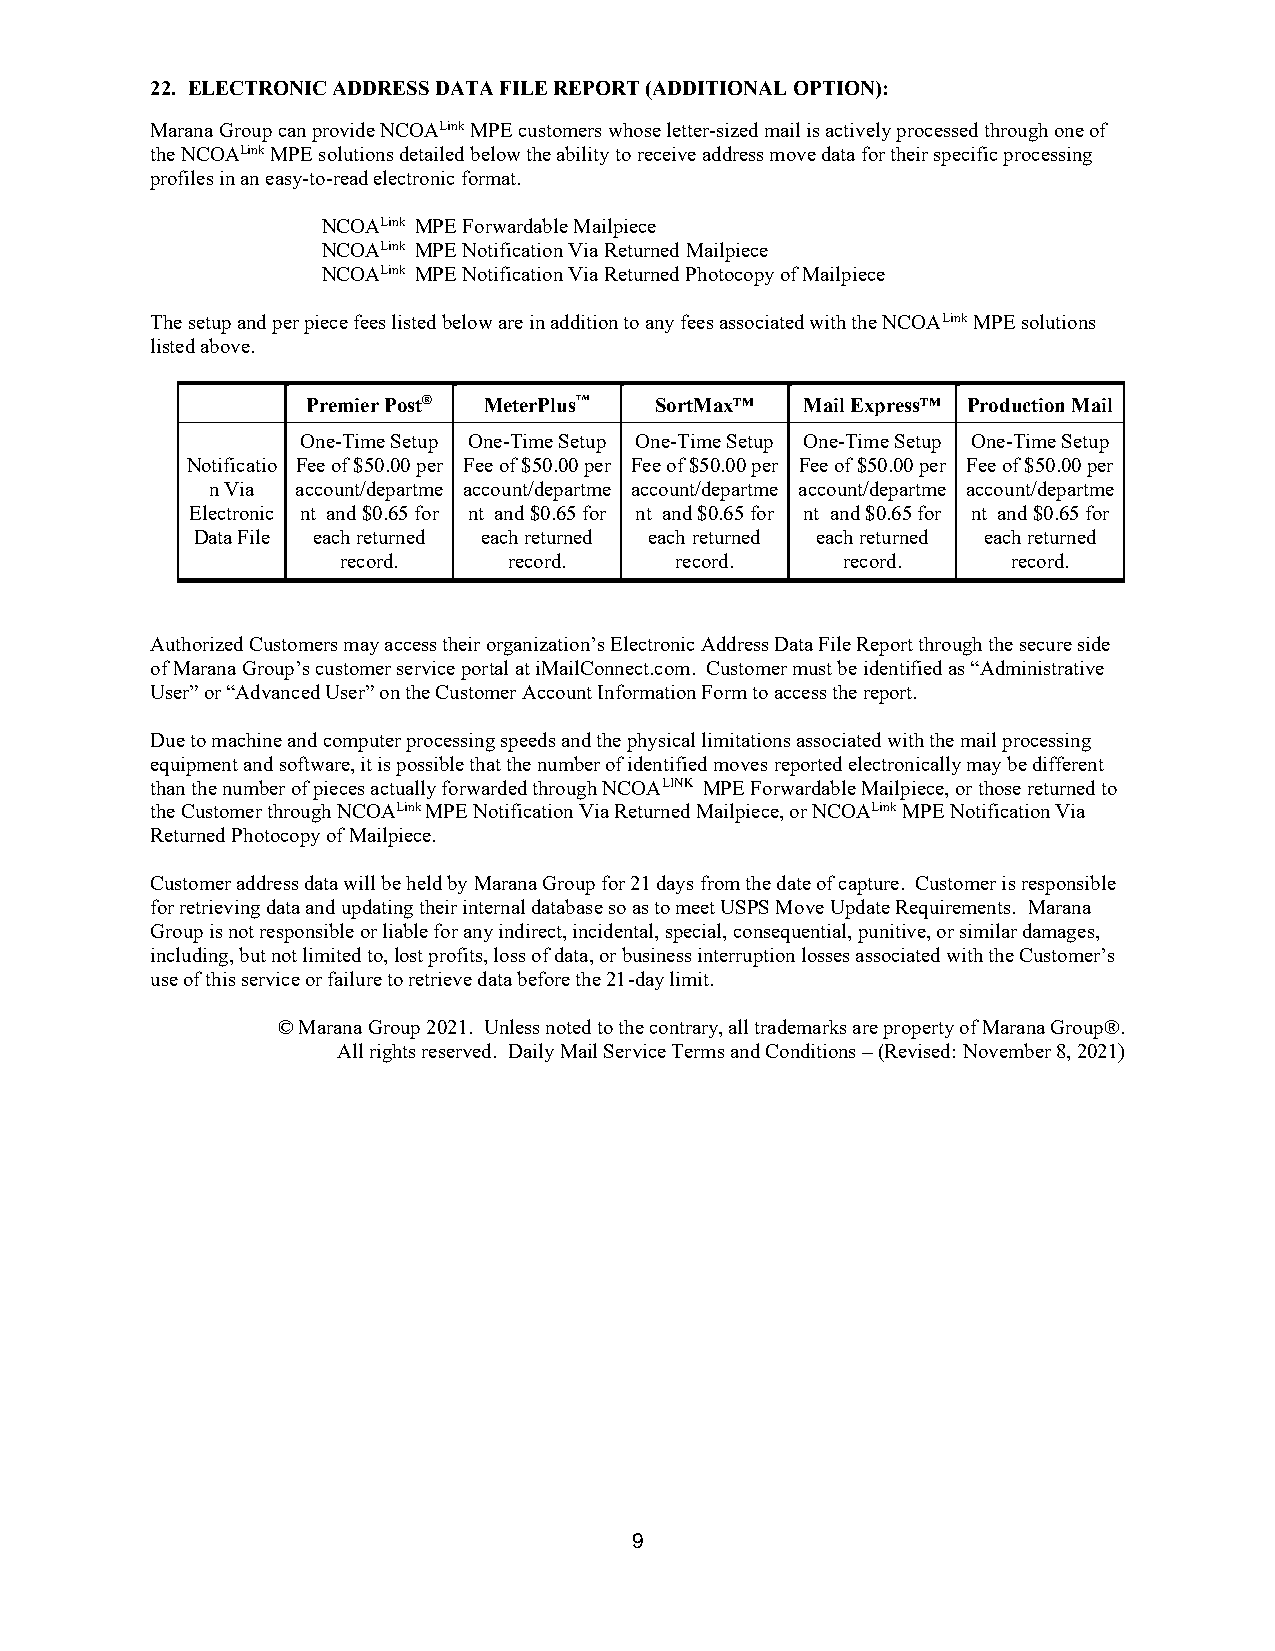
22. ELECTRONIC ADDRESS DATA FILE REPORT (ADDITIONAL OPTION):
 Marana Group can provide NCOALink MPE customers whose letter-sized mail is actively processed through one of
 the NCOALink MPE solutions detailed below the ability to receive address move data for their specific processing
 profiles in an easy-to-read electronic format.
 NCOALink MPE Forwardable Mailpiece
 NCOALink MPE Notification Via Returned Mailpiece
 NCOALink MPE Notification Via Returned Photocopy of Mailpiece
 The setup and per piece fees listed below are in addition to any fees associated with the NCOALink MPE solutions
 listed above.
 Premier Post® MeterPlus™ SortMax™ Mail Express™ Production Mail
 One-Time Setup One-Time Setup One-Time Setup One-Time Setup One-Time Setup
 Notificatio Fee of $50.00 per Fee of $50.00 per Fee of $50.00 per Fee of $50.00 per Fee of $50.00 per
 n Via account/departme account/departme account/departme account/departme account/departme
 Electronic nt and $0.65 for nt and $0.65 for nt and $0.65 for nt and $0.65 for nt and $0.65 for
 Data File each returned each returned each returned each returned each returned
 record.    record.    record.    record.    record.
 Authorized Customers may access their organization’s Electronic Address Data File Report through the secure side
 of Marana Group’s customer service portal at iMailConnect.com. Customer must be identified as “Administrative
 User” or “Advanced User” on the Customer Account Information Form to access the report.
 Due to machine and computer processing speeds and the physical limitations associated with the mail processing
 equipment and software, it is possible that the number of identified moves reported electronically may be different
 than the number of pieces actually forwarded through NCOALINK MPE Forwardable Mailpiece, or those returned to
 the Customer through NCOALink MPE Notification Via Returned Mailpiece, or NCOALink MPE Notification Via
 Returned Photocopy of Mailpiece.
 Customer address data will be held by Marana Group for 21 days from the date of capture. Customer is responsible
 for retrieving data and updating their internal database so as to meet USPS Move Update Requirements. Marana
 Group is not responsible or liable for any indirect, incidental, special, consequential, punitive, or similar damages,
 including, but not limited to, lost profits, loss of data, or business interruption losses associated with the Customer’s
 use of this service or failure to retrieve data before the 21-day limit.
 © Marana Group 2021. Unless noted to the contrary, all trademarks are property of Marana Group®.
 All rights reserved. Daily Mail Service Terms and Conditions – (Revised: November 8, 2021)
 9